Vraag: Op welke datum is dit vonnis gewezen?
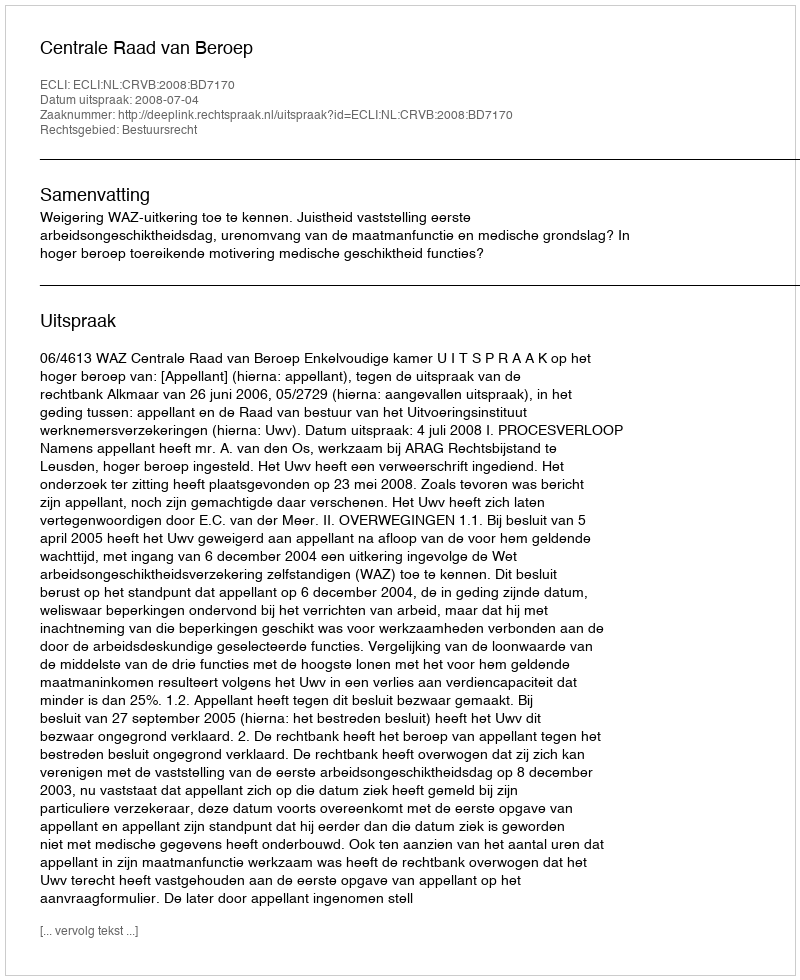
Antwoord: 2008-07-04